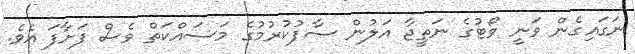
ނަަގައިގެން ވަނީ ވޯޓުގެ ނަތީޖާ އަލުން ސާފުކުރުމުގެ މަސައްކަތް ވެސް ފަށާފަ އެވެ.